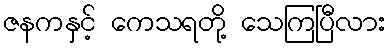
ဇနကနှင့် ကေသရတို့ သေကြပြီလား